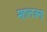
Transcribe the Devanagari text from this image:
महालजना